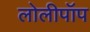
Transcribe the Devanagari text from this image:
लोलीपॉप